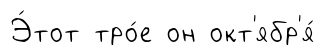
Э́тот тро́е он окт'ябр'я́